Plague in India, 1896, 1897 - Volume 3
Year: 1896
Disease focus: Plague
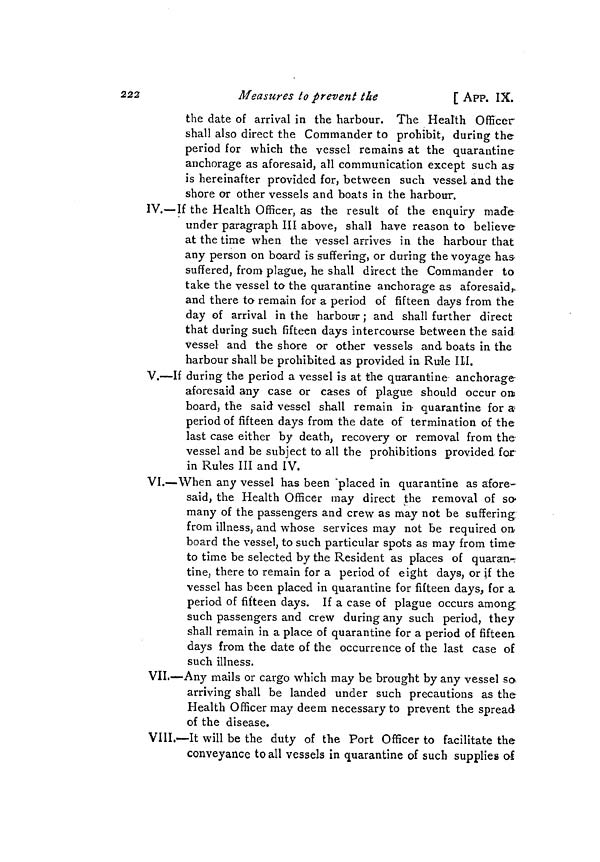
222
Measures to prevent the
[ APP. IX.
the date of arrival in the harbour. The Health Officer
shall also direct the Commander to prohibit, during the
period for which the vessel remains at the quarantine
anchorage as aforesaid, all communication except such as
is hereinafter provided for, between such vessel and the
shore or other vessels and boats in the harbour.
IV.—If the Health Officer, as the result of the enquiry made
under paragraph III above, shall have reason to believe
at the time when the vessel arrives in the harbour that
any person on board is suffering, or during the voyage has
suffered, from plague, he shall direct the Commander to
take the vessel to the quarantine anchorage as aforesaid,
and there to remain for a period of fifteen days from the
day of arrival in the harbour ; and shall further direct
that during such fifteen days intercourse between the said
vessel and the share or other vessels and boats in the
harbour shall be prohibited as provided in Rule III.
V.—If during the period a vessel is at the quarantine anchorage
aforesaid any case or cases of plague should occur on
board, the said vessel shall remain in quarantine for a
period of fifteen days from the date of termination of the
last case either by death, recovery or removal from the
vessel and be subject to all the prohibitions provided for
in Rules III and IV.
VI.—When any vessel has been "placed in quarantine as afore-
said, the Health Officer may direct the removal of so
many of the passengers and crew as may not be suffering
from illness, and whose services may not be required on
board the vessel, to such particular spots as may from time
to time be selected by the Resident as places of quaran-
tine, there to remain for a period of eight days, or if the
vessel has been placed in quarantine for fifteen days, for a
period of fifteen days. If a case of plague occurs among-
such passengers and crew during any such period, they
shall remain in a place of quarantine for a period of fifteen
days from the date of the occurrence of the last case of
such illness.
VII.—Any mails or cargo which may be brought by any vessel so.
arriving shall be landed under such precautions as the
Health Officer may deem necessary to prevent the spread
of the disease.
VIII.—It will be the duty of the Port Officer to facilitate the
conveyance to all vessels in quarantine of such supplies of